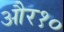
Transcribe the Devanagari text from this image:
और१०